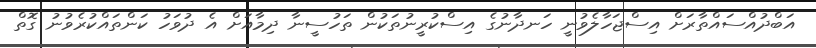
އަބްދުއްސައްތާރަށް އިސްޖަހާލެވުނީ ހަނދާނުގެ އިސްކުރީނުތަކުން ތަހުސީނާ ދިމާއަށް އެ ދުވަހު ކަންތައްކުރެވުނު ގޮތް